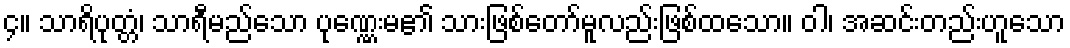
၄။ သာရိပုတ္တံ၊ သာရီမည်သော ပုဏ္ဏေးမ၏ သားဖြစ်တော်မူလည်းဖြစ်ထသော။ ဝါ၊ အဆင်းတည်းဟူသော